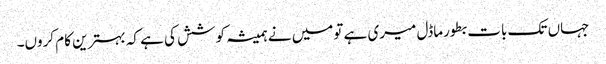
جہاں تک بات بطورماڈل میری ہے تومیں نے ہمیشہ کوشش کی ہے کہ بہترین کام کروں۔